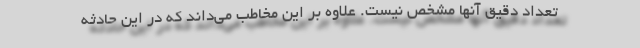
تعداد دقیق آنها مشخص نیست. علاوه ‌بر این مخاطب می‌داند که در این حادثه